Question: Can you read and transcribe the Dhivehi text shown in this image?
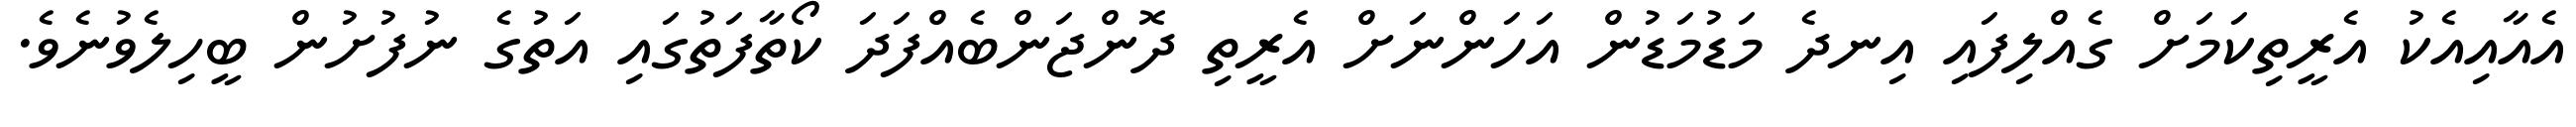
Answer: އެއާއިއެކު އެރީތިކަމަށް ގެއްލިފައި އިނދެ މަޑުމަޑުން އަހަންނަށް އެރީތި ދޮންޖަންބެއްފަދަ ކޯތާފަތުގައި އަތުގެ ނުފުށުން ބީހިލެވުނެވެ.